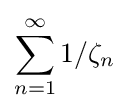
\sum _{n=1}^{\infty }1/\zeta _{n}